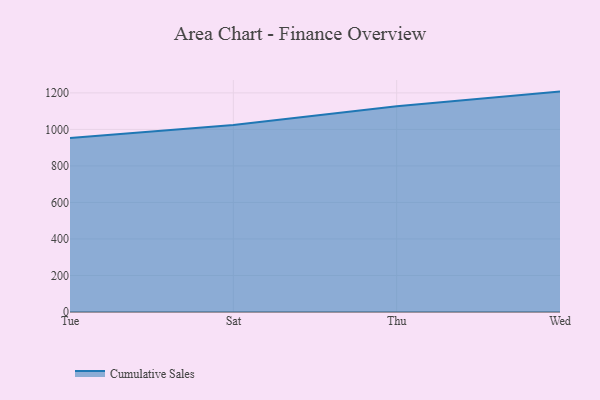
{"axis": {"x": "Day", "y": "Revenue (USD Million)"}, "legend": ["Cumulative Sales"], "data": [{"x": "Tue", "y": 953.3, "type": "Cumulative Sales"}, {"x": "Sat", "y": 1023.8, "type": "Cumulative Sales"}, {"x": "Thu", "y": 1127.2, "type": "Cumulative Sales"}, {"x": "Wed", "y": 1207.0, "type": "Cumulative Sales"}]}